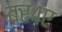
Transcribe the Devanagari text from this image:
बर४ए